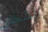
الشجار